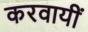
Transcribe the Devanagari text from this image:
करवायीं